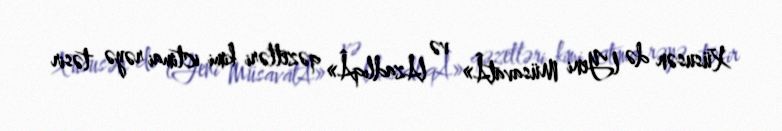
Xüsusən də lYeni MüsavatÂ» və lAzadlıqÂ» qəzetləri kimi ictimai rəyə təsir